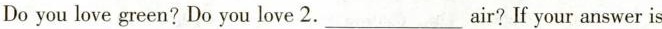
Do you love green?Do you love 2.___air?If your answer is